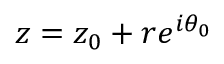
z = z _ { 0 } + r e ^ { i \theta _ { 0 } }